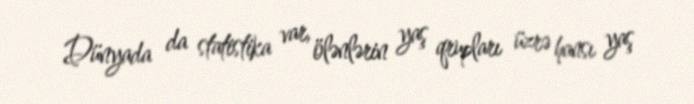
Dünyada da statistika var, ölənlərin yaş qrupları üzrə hansı yaş